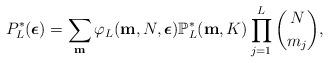
LaTeX: \begin{align*}P_L^*(\boldsymbol{\epsilon}) = \sum_{\mathbf{m}} \varphi_{L}(\mathbf{m}, N, \boldsymbol{\epsilon}) \mathbb{P}_L^*(\mathbf{m}, K) \prod_{j=1}^{L} \binom{N}{m_j},\end{align*}